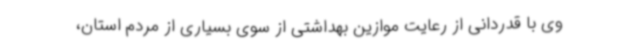
وی با قدردانی از رعایت موازین بهداشتی از سوی بسیاری از مردم استان،